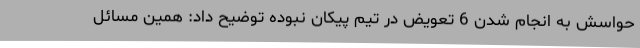
حواسش به انجام شدن 6 تعویض در تیم پیکان نبوده توضیح داد: همین مسائل